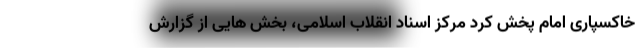
خاکسپاری امام پخش کرد مرکز اسناد انقلاب اسلامی، بخش هایی از گزارش